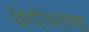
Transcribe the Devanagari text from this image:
छंदोभाषा